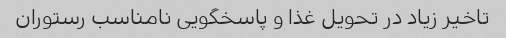
تاخیر زیاد در تحویل غذا و پاسخگویی نامناسب رستوران